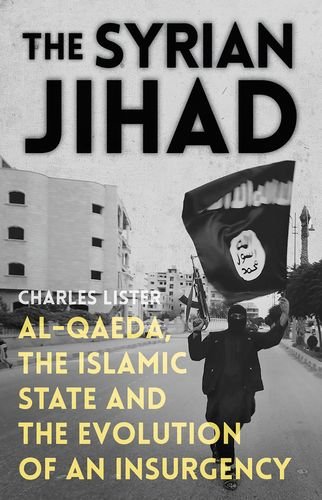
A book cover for The Syrian Jihad: Al-Qaeda, the Islamic State and the Evolution of an Insurgency; Charles R. Lister; History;